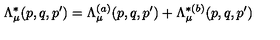
\Lambda _ { \mu } ^ { \ast } ( p , q , p ^ { \prime } ) = \Lambda _ { \mu } ^ { ( a ) } ( p , q , p ^ { \prime } ) + \Lambda _ { \mu } ^ { \ast ( b ) } ( p , q , p ^ { \prime } )